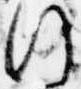
行